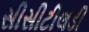
સીસીટીલડી